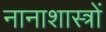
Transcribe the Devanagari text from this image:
नानाशास्त्रों